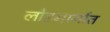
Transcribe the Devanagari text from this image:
लोहमार्गात